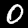
Label: 0